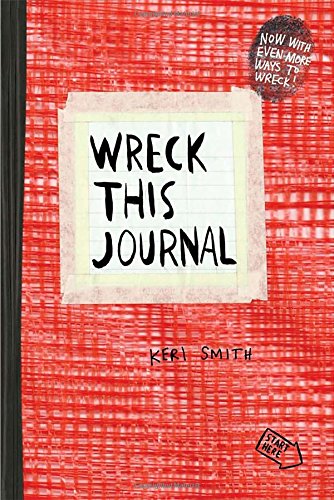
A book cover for Wreck This Journal (Red) Expanded Ed.; Keri Smith; Self-Help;